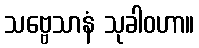
သဗ္ဗေသာနံ သုခါဝဟာ။